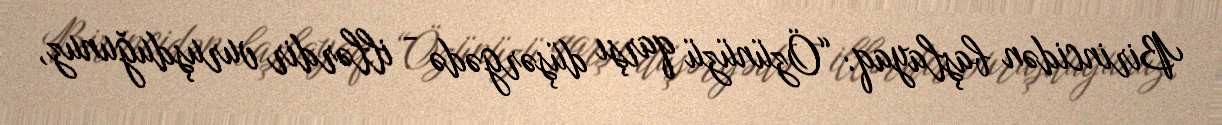
Birincidən başlayaq: “Özünüzü qarşı düşərgədə - illərdir vuruşduğunuz,